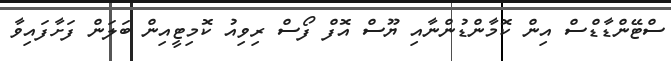
ސްޓޭންޑާޑްސް އިން ކޮމާންޑުންނާއި ޔޫސް އޮފް ފޯސް ރިވިއު ކޮމިޓީއިން ބަލަން ފަށާފައިވާ